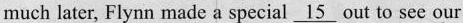
much later, Flynn made a special \underline{15} out to see our